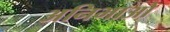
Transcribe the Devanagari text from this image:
अनिभाओ